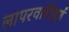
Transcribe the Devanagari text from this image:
लापरवाहीपूर्ण